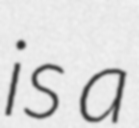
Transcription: is a